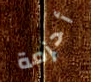
أحزمة